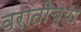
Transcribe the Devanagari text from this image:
वरातीच्या